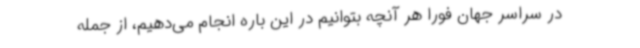
در سراسر جهان فورا هر آنچه بتوانیم در این باره انجام می‌دهیم، از جمله